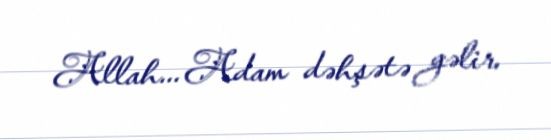
Allah... Adam dəhşətə gəlir.